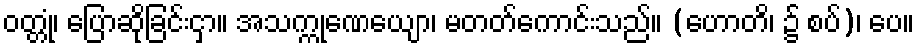
ဝတ္တုံ၊ ပြောဆိုခြင်းငှာ။ အသက္ကုဏေယျော၊ မတတ်ကောင်းသည်။ (ဟောတိ၊ ၌ စပ်)၊ ပေ။